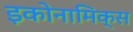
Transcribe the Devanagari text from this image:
इकोनामिक्स